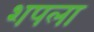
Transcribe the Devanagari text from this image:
शपला